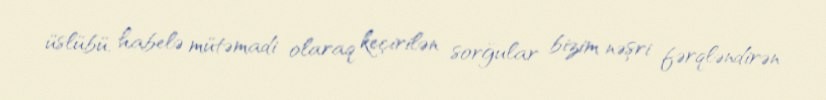
üslübü, habelə mütəmadi olaraq keçirilən sorğular bizim nəşri fərqləndirən